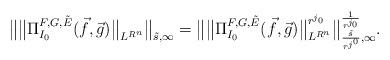
LaTeX: \begin{align*}\big\| \big\| \Pi_{I_0}^{F, G, \tilde E} (\vec f, \vec g) \big\|_{L^{R^n}} \big\|_{\tilde s, \infty}= \big\| \big\| \Pi_{I_0}^{F, G, \tilde E} (\vec f, \vec g) \big\|_{L^{R^n}}^{r^{j_0}} \big\|_{\frac{\tilde s}{r^{j^0}}, \infty}^{\frac{1}{r^{j_0}}}.\end{align*}